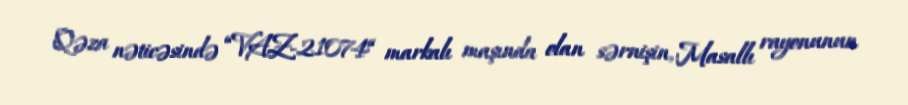
Qəza nəticəsində “VAZ-21074“ markalı maşında olan sərnişin, Masallı rayonunun